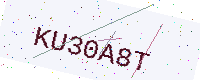
Text: KU30A8T